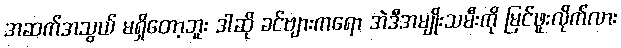
အဆက်အသွယ် မရှိတော့ဘူး ဒါဆို ခင်ဗျားကရော အဲဒီအမျိုးသမီးကို မြင်ဖူးလိုက်လား